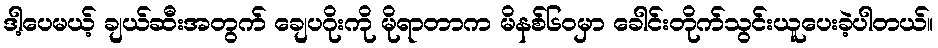
ဒါ့ပေမယ့် ချယ်ဆီးအတွက် ချေပဂိုးကို မိုရာတာက မိနစ်၆၀မှာ ခေါင်းတိုက်သွင်းယူပေးခဲ့ပါတယ်။